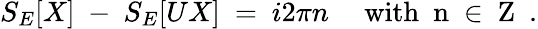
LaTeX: S_{E}[X]\ -\ S_{E}[UX]\ =\ i2\pi n\quad\mathrm{~with\ ~n~\in{\mathbf~Z}~}\ .